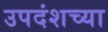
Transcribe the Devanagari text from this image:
उपदंशच्या